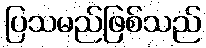
ပြသမည်ဖြစ်သည်